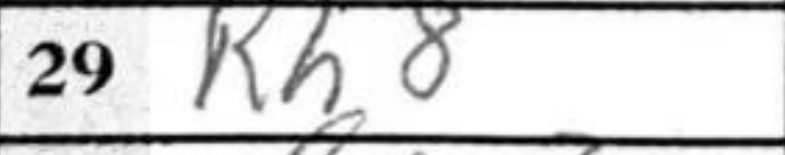
Transcription: Rh8